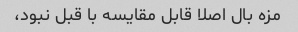
مزه بال اصلا قابل مقایسه با قبل نبود،